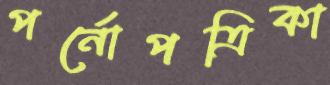
পর্নোপত্রিকা